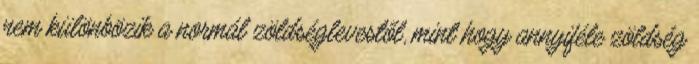
nem különbözik a normál zöldséglevestől, mint hogy annyiféle zöldség